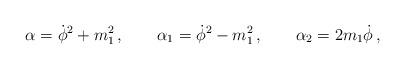
LaTeX: \begin{align*}\alpha = \dot \phi ^2+m_1^2\,,\qquad \alpha_1 = \dot\phi ^2-m_1^2\,,\qquad \alpha _2 =2m_1\dot \phi \,, \end{align*}